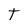
Character: T